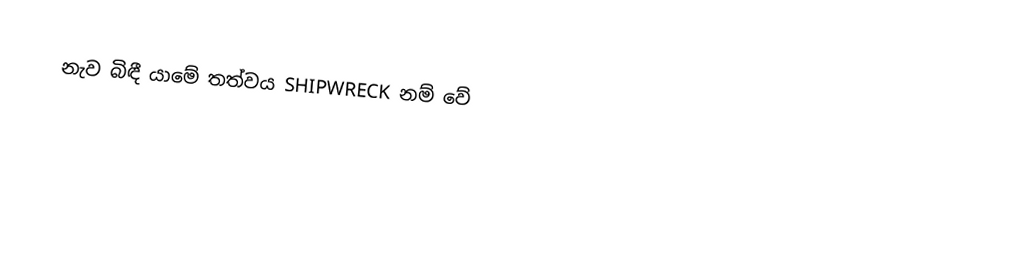
නැව බිඳී යාමේ තත්වය SHIPWRECK නම් වේ